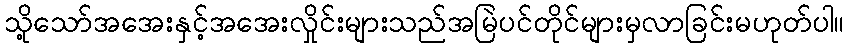
သို့သော်အအေးနှင့်အအေးလှိုင်းများသည်အမြဲပင်တိုင်များမှလာခြင်းမဟုတ်ပါ။